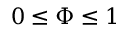
0 \leq \Phi \leq 1